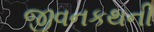
જીવનકથની